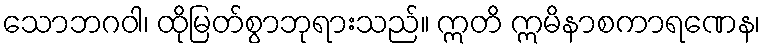
သောဘဂဝါ၊ ထိုမြတ်စွာဘုရားသည်။ ဣတိ ဣမိနာစကာရဏေန၊